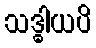
သဒ္ဓါယပိ